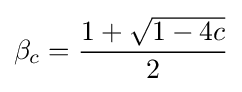
\beta _{c}={\frac {1+{\sqrt {1-4c}}}{2}}